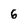
Character: 6